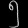
Digit: ၅